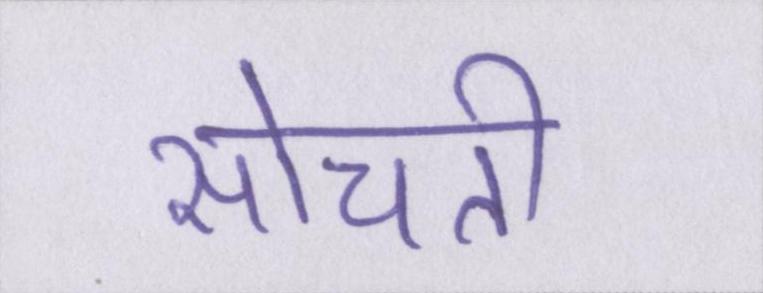
सोचती